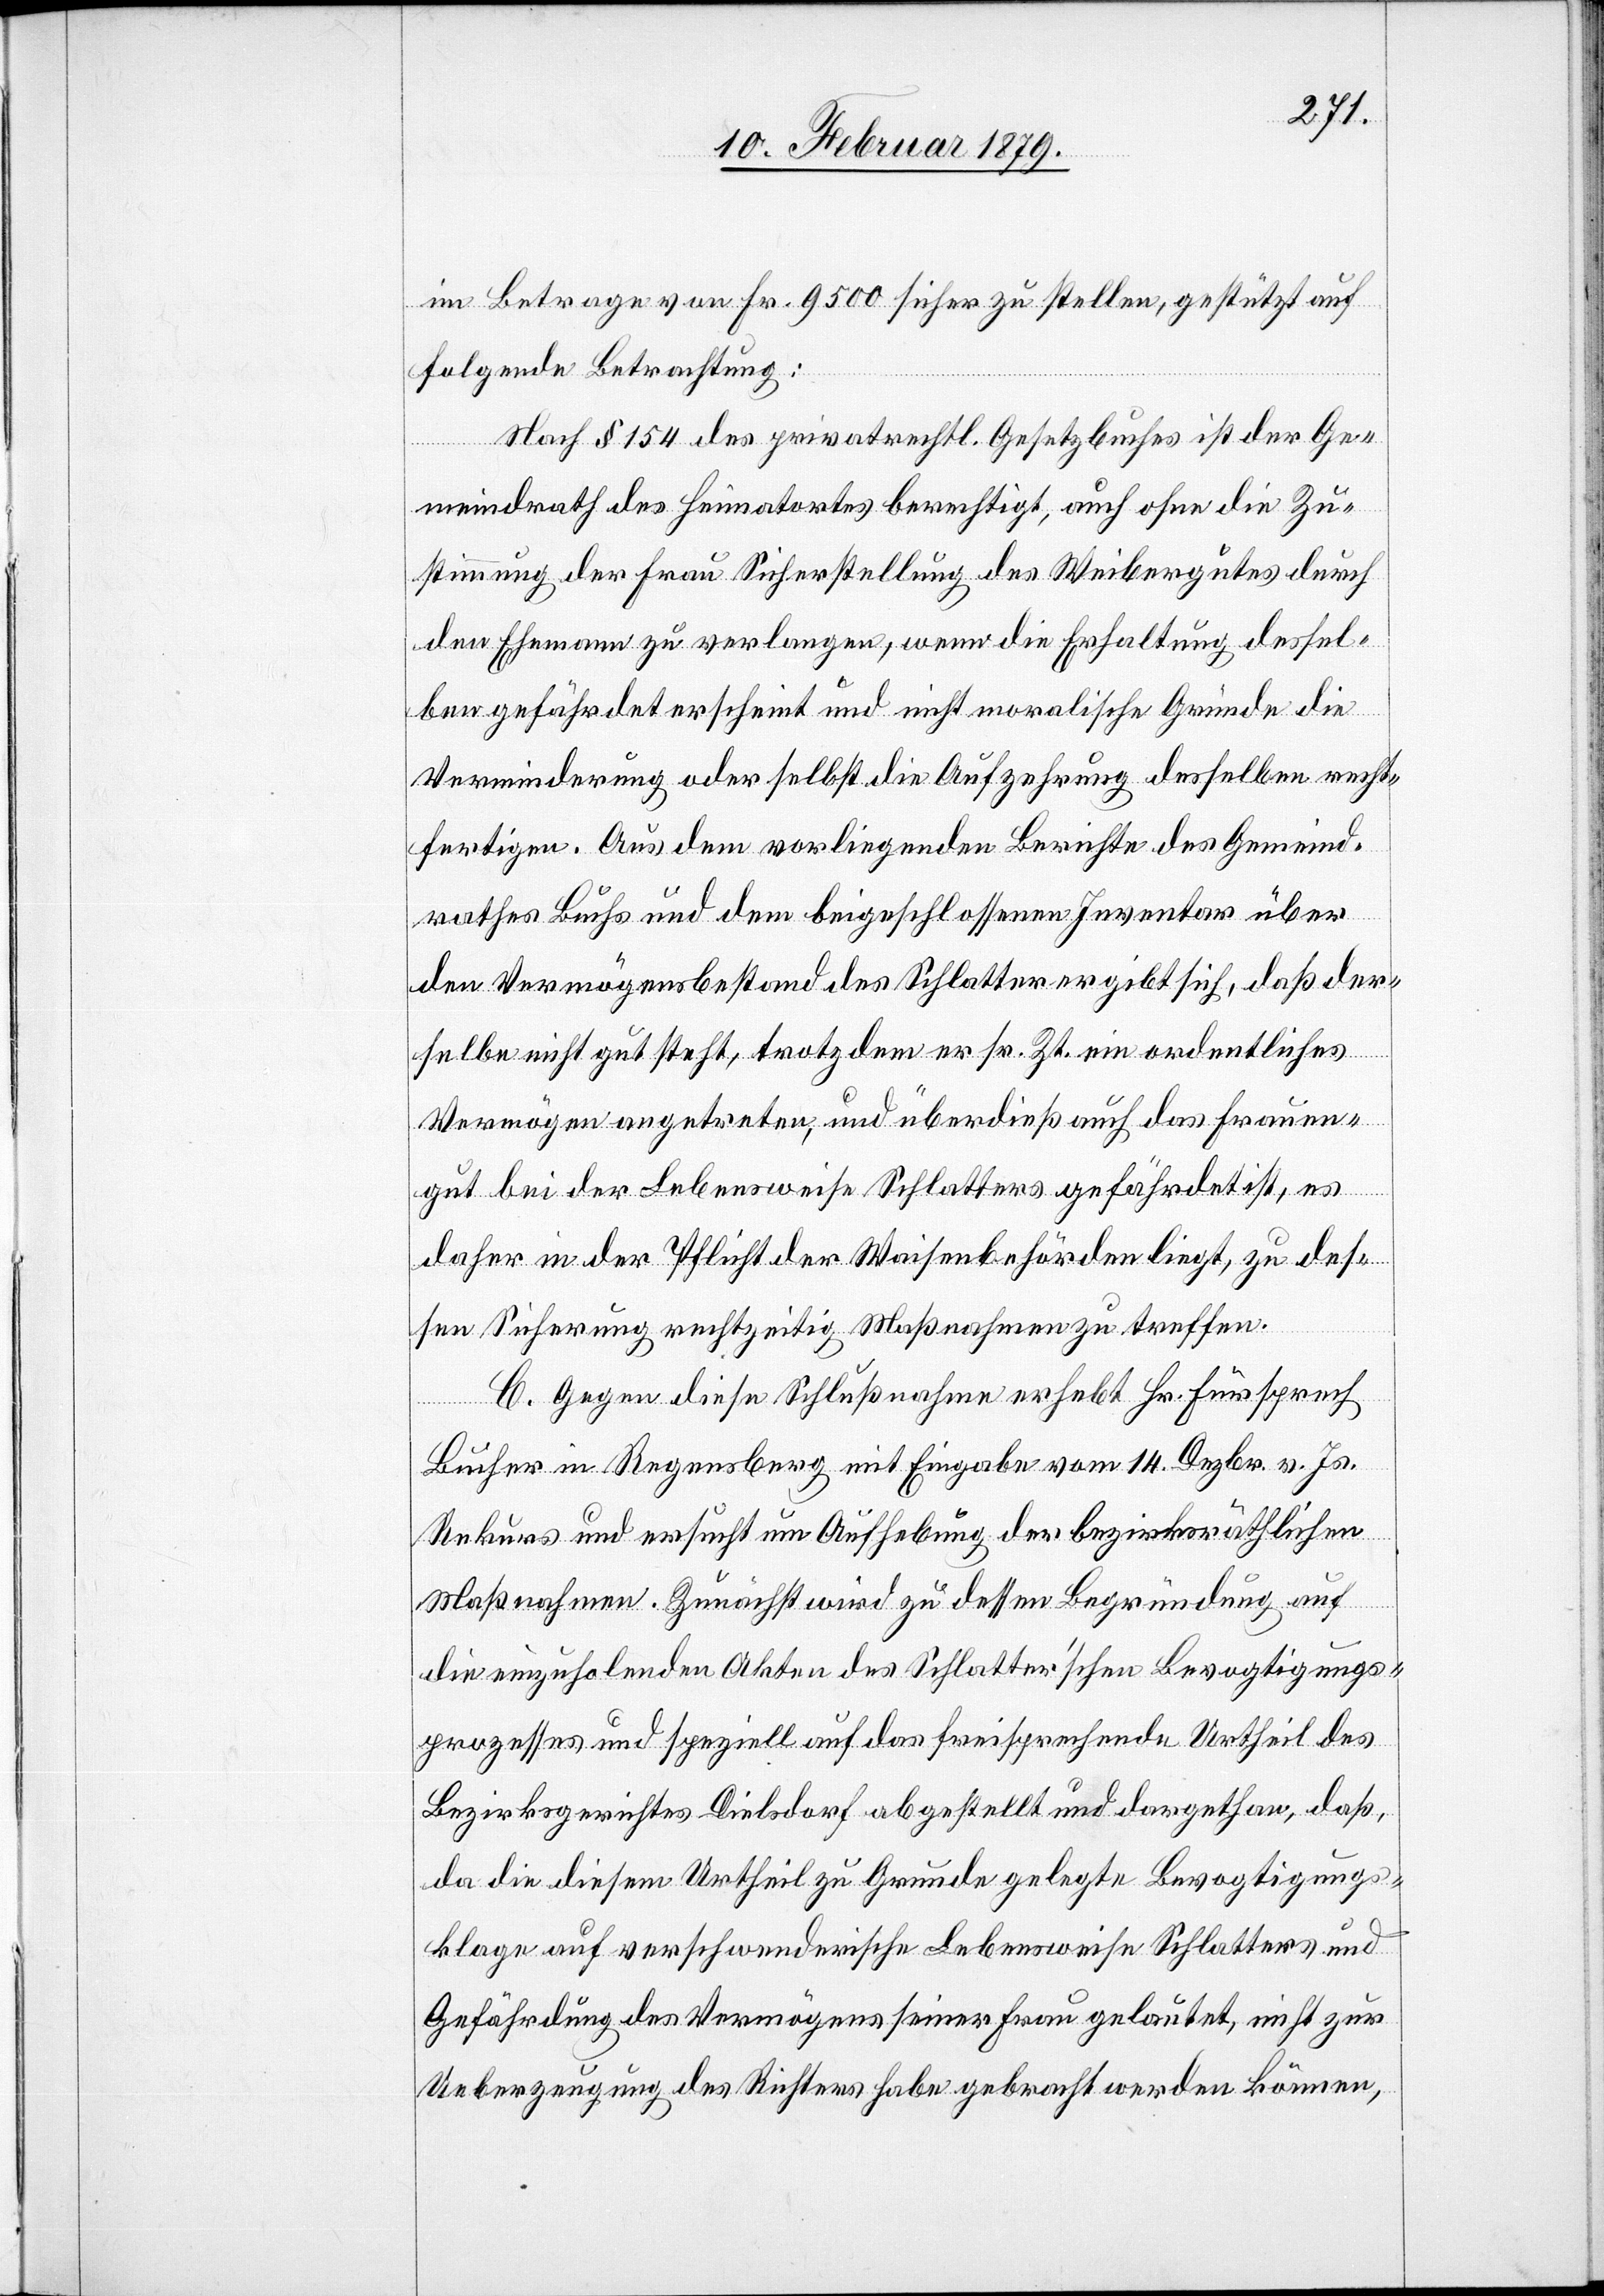
im Betrage von Fr 9500 sicher zu stellen, gestützt auf
folgende Betrachtung:
Nach § 154 des privatrechtl. Gesetzbuches ist der Ge¬
meindrath des Heimatortes berechtigt, auch ohne die Zu¬
stimmung der Frau Sicherstellung des Weibergutes durch
den Ehemann zu verlangen, wenn die Erhaltung dessel¬
ben gefährdet scheint und nicht moralische Gründe die
Verminderung oder selbst die Aufzehrung desselben recht¬
fertigen. Aus dem vorliegenden Berichte des Gemeind¬
rathes Buchs und dem beigeschlossenen Inventar über
den Vermögensbestand des Schlatter ergibt sich, daß der¬
selbe nicht gut steht, trotzdem er sr. Zt. ein ordentliches
Vermögen angetreten, und überdieß auch das Frauen¬
gut bei der Lebensweise Schlatters gefährdet ist, es
daher in der Pflicht der Waisenbehörden liegt, zu des¬
sen Sicherung rechtzeitig Maßnahmen zu treffen.
C. Gegen diese Schlußnahme erhebt Hr. Fürsprech
Bucher in Regensberg mit Eingabe vom 14. Dezbr. v. Js.
Rekurs und ersucht um Aufhebung der bezirksräthlichen
Maßnahmen. Zunächst wird zu dessen Begründung auf
die einzuholenden Akten des Schlatter’schen Bevogtigungs¬
prozesses und speziell auf das freisprechende Urtheil des
Bezirksgerichtes Dielsdorf abgestellt und dargethan, daß,
da die diesem Urtheil zu Grunde gelegte Bevogtigungs¬
klage auf verschwenderische Lebensweise Schlatters und
Gefährdung des Vermögens seiner Frau gelautet, nicht zur
Ueberzeugung des Richters habe gebracht werden können,